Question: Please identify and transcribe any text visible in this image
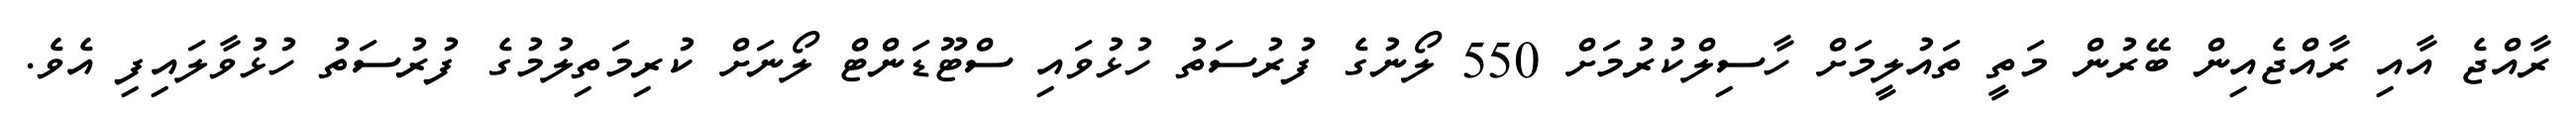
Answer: ރާއްޖެ އާއި ރާއްޖެއިން ބޭރުން މަތީ ތައުލީމަށް ހާސިލްކުރުމަށް 550 ލޯނުގެ ފުރުސަތު ހުޅުވައި ސްޓޫޑަންޓް ލޯނަށް ކުރިމަތިލުމުގެ ފުރުސަތު ހުޅުވާލައިފި އެވެ.